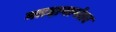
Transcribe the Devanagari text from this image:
मतदानानंतर